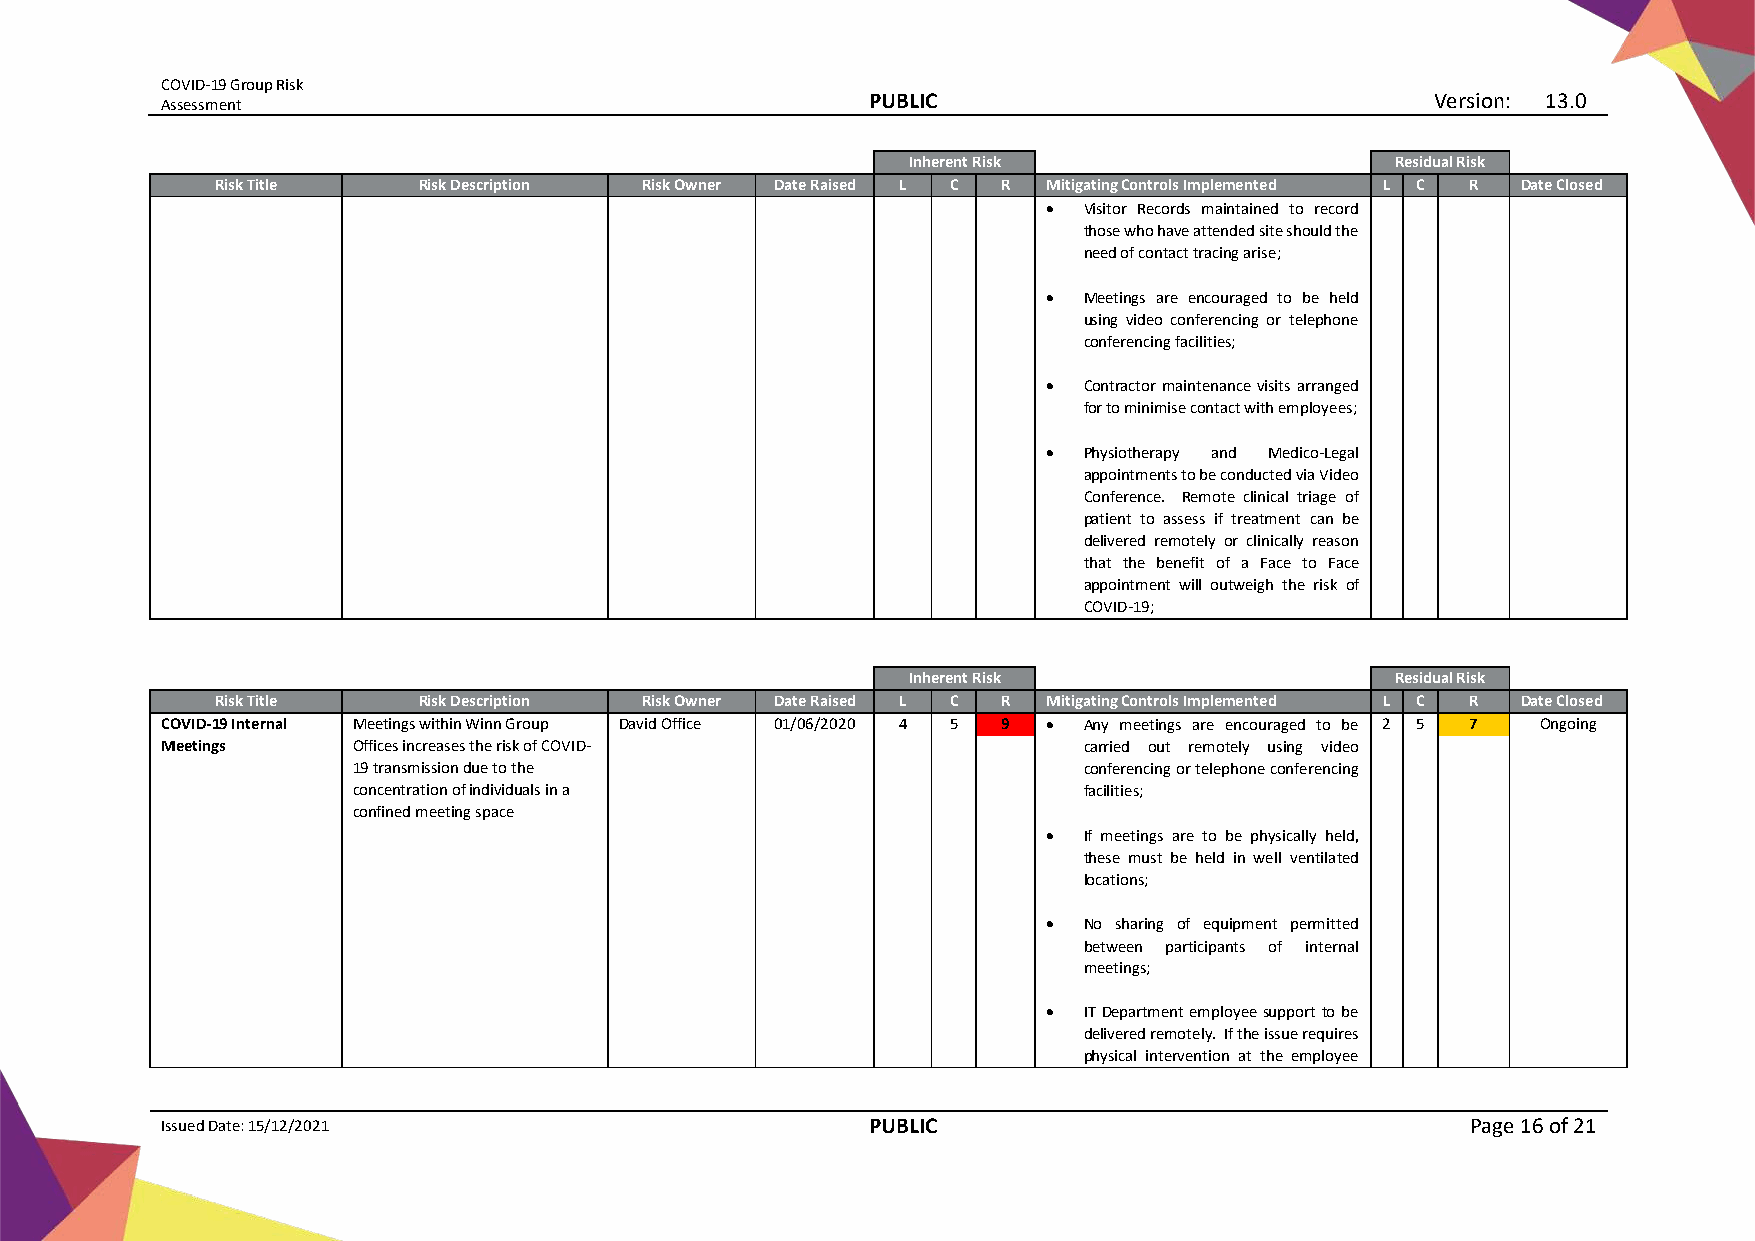
COVID-19 Group Risk
 Assessment
 PUBLIC                                Version: 13.0
 Inherent Risk                   Residual Risk
 Risk Title    Risk Description Risk Owner Date Raised L C R Mitigating Controls Implemented L C R Date Closed
 •  Visitor Records maintained to record
 those who have attended site should the
 need of contact tracing arise;
 •  Meetings are encouraged to be held
 using video conferencing or telephone
 conferencing facilities;
 •  Contractor maintenance visits arranged
 for to minimise contact with employees;
 •  Physiotherapy and Medico-Legal
 appointments to be conducted via Video
 Conference. Remote clinical triage of
 patient to assess if treatment can be
 delivered remotely or clinically reason
 that the benefit of a Face to Face
 appointment will outweigh the risk of
 COVID-19;
 Inherent Risk                   Residual Risk
 Risk Title    Risk Description Risk Owner Date Raised L C R Mitigating Controls Implemented L C R Date Closed
 COVID-19 Internal Meetings within Winn Group David Office 01/06/2020 4 5 9 • Any meetings are encouraged to be 2 5 7 Ongoing
 Meetings    Offices increases the risk of COVID-             carried out remotely using video
 19 transmission due to the                       conferencing or telephone conferencing
 concentration of individuals in a                facilities;
 confined meeting space
 •  If meetings are to be physically held,
 these must be held in well ventilated
 locations;
 •  No sharing of equipment permitted
 between participants of internal
 meetings;
 •  IT Department employee support to be
 delivered remotely. If the issue requires
 physical intervention at the employee
 Issued Date: 15/12/2021                       PUBLIC                                  Page 16 of 21